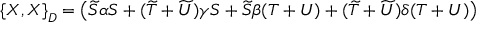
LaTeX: \left\{ X , X \right\} _ { D } = \left( \widetilde { S } \alpha S + ( \widetilde { T } + \widetilde { U } ) \gamma S + \widetilde { S } \beta ( T + U ) + ( \widetilde { T } + \widetilde { U } ) \delta ( T + U ) \right)